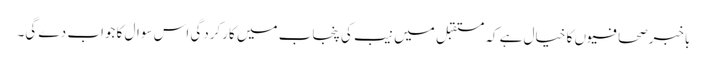
باخبرصحافیوں کا خیال ہے کہ مستقبل میں نیب کی پنجاب میں کارکردگی اس سوال کا جواب دے گی۔